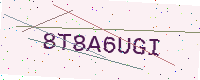
Text: 8T8A6UGI